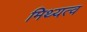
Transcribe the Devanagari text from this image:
मिथ्यत्व